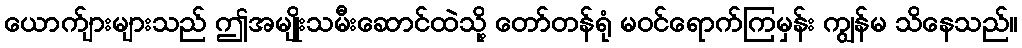
ယောက်ျားများသည် ဤအမျိုးသမီးဆောင်ထဲသို့ တော်တန်ရုံ မဝင်ရောက်ကြမှန်း ကျွန်မ သိနေသည်။